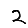
Digit: 2